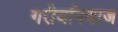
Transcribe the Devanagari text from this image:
गरीबनिवाज